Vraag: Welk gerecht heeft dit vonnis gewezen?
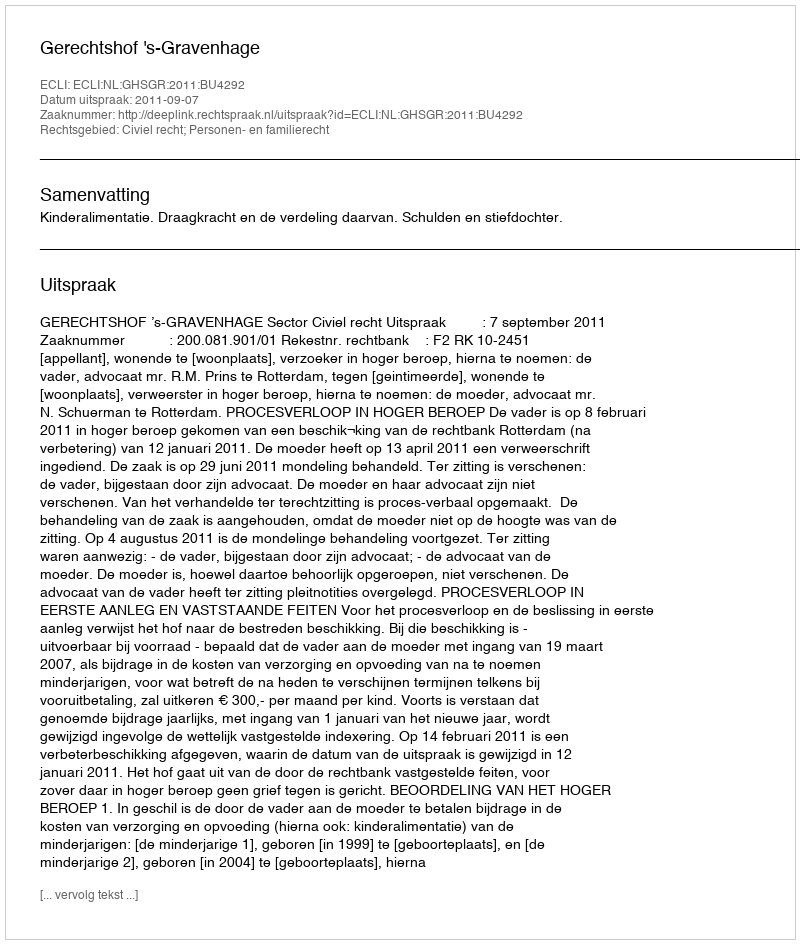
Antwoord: Gerechtshof 's-Gravenhage